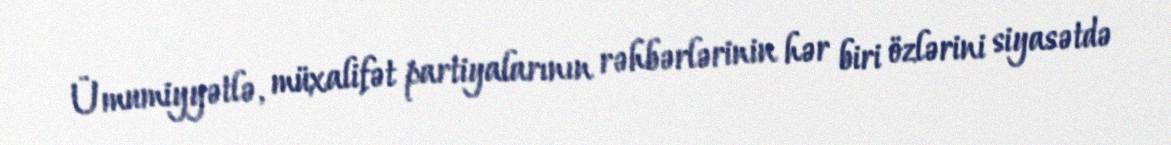
Ümumiyyətlə, müxalifət partiyalarının rəhbərlərinin hər biri özlərini siyasətdə